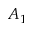
A _ { 1 }